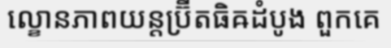
ល្ខោនភាពយន្តប្រ៊ីតធិឝដំបូង ពួកគេ